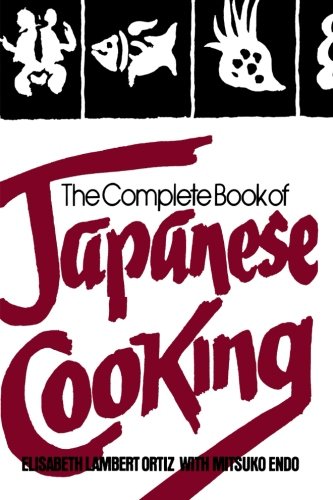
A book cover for The Complete Book of Japanese Cooking; Elisabeth Lambert Ortiz; Cookbooks, Food & Wine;